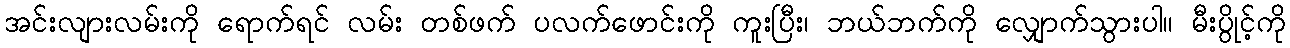
အင်းလျားလမ်းကို ရောက်ရင် လမ်း တစ်ဖက် ပလက်ဖောင်းကို ကူးပြီး၊ ဘယ်ဘက်ကို လျှောက်သွားပါ။ မီးပွိုင့်ကို